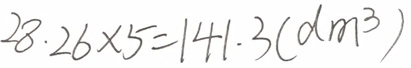
2 8 . 2 6 \times 5 = 1 4 1 . 3 ( d m ^ { 3 } )